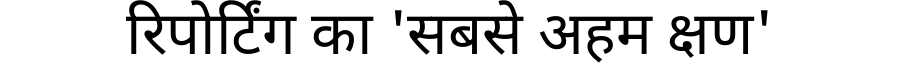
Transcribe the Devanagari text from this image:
रिपोर्टिंग का 'सबसे अहम क्षण'